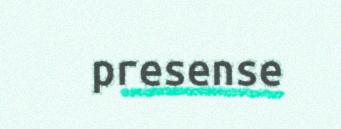
presense